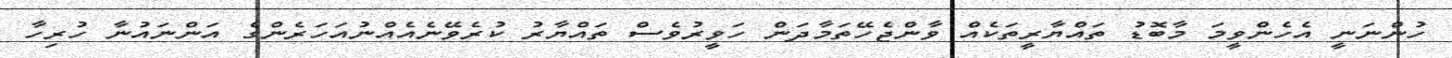
ހުންނަނީ އެހެންވީމަ މާބޮޑު ތައްޔާރީތަކެއް ވާންޖެހޭތަމާދަން ހަވީރުވެސް ތައްޔާރު ކުރެވޭނެއެއްނުއަހަރެންގެ އަންނައުނާ ހުރިހާ